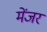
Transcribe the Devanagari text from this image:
मेंजर